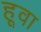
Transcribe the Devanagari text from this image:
हूवा